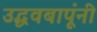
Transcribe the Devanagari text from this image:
उद्धवबापूंनी